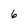
Character: 6